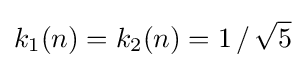
k_{1}(n)=k_{2}(n)=1\,/\,{\sqrt {5}}